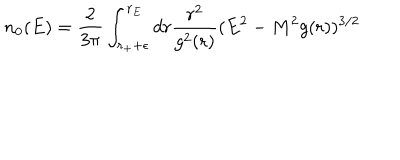
n _ { 0 } ( E ) = { \frac { 2 } { 3 \pi } } \int _ { r _ { + } + \epsilon } ^ { r _ { E } } d r { \frac { r ^ { 2 } } { g ^ { 2 } ( r ) } } ( E ^ { 2 } - M ^ { 2 } g ( r ) ) ^ { 3 / 2 }